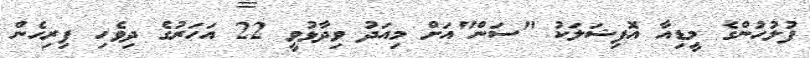
ފުލުހުންގެ މީޑިއާ އޮފިޝަލަކު "ސަން"އަށް މިއަދު ވިދާޅުވީ 22 އަހަރުގެ ދިވެހި ފިރިހެން